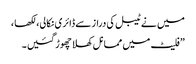
میں نے ٹیبل کی دراز سے ڈائری نکالی، لکھا ،
”فلیٹ میں مما نل کھلا چھوڑ گئیں ۔